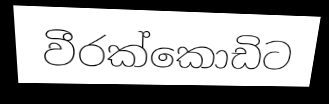
වීරක්කොඩිට